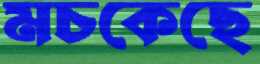
মচকেছে